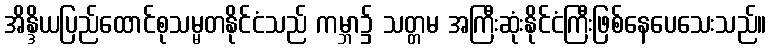
အိန္ဒိယပြည်ထောင်စုသမ္မတနိုင်ငံသည် ကမ္ဘာ၌ သတ္တမ အကြီးဆုံးနိုင်ငံကြီးဖြစ်နေပေသေးသည်။